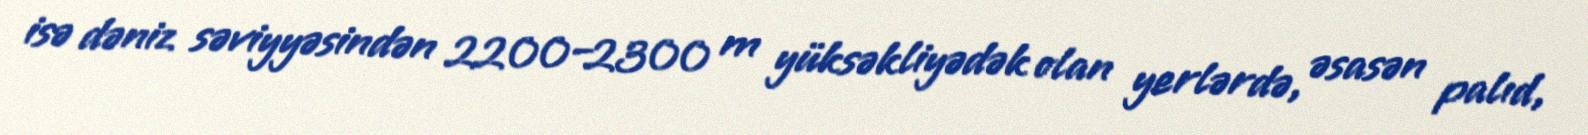
isə dəniz səviyyəsindən 2200–2300 m yüksəkliyədək olan yerlərdə, əsasən palıd,